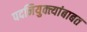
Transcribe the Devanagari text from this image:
पदनियुक्त्यांबाबत